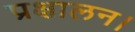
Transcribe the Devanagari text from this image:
प्रक्षालन।